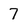
Character: 7